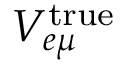
V _ { e \mu } ^ { \mathrm { t r u e } }